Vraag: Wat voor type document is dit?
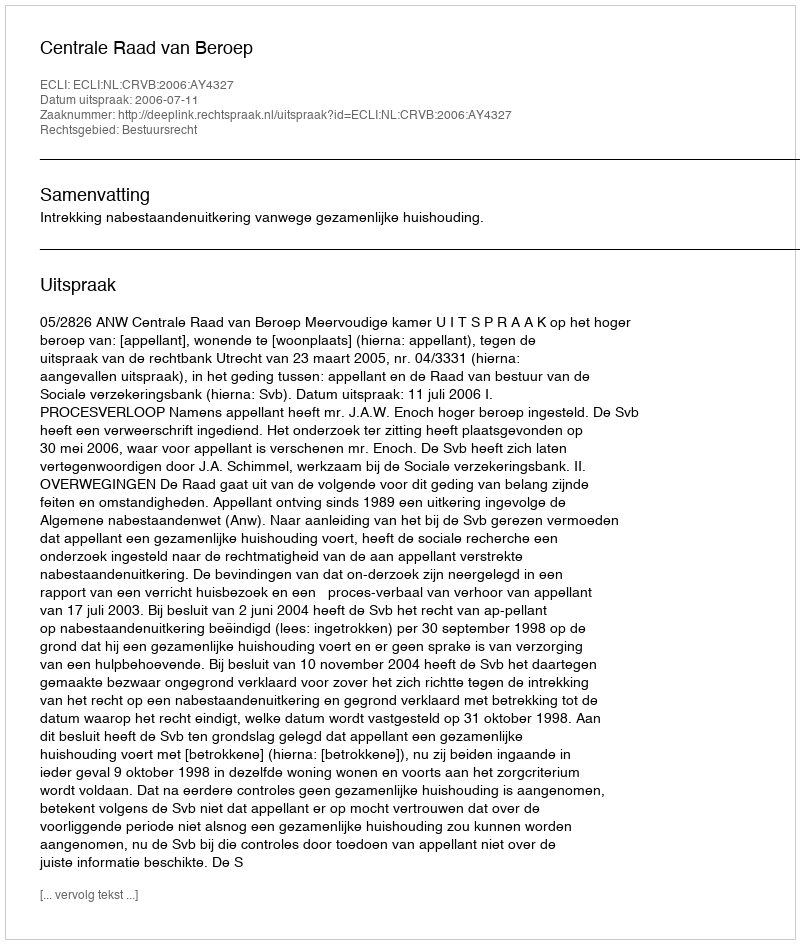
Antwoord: Uitspraak